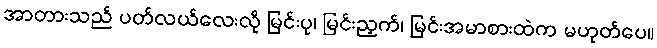
အာတားသည် ပတ်လယ်လေးလို မြင်းပု၊ မြင်းညှက်၊ မြင်းအမာစားထဲက မဟုတ်ပေ။